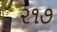
૨૧૭